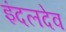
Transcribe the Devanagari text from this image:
इंदलदेव